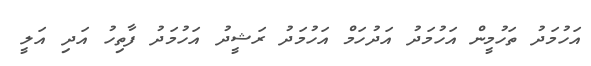
އަހުމަދު ތަހުމީން އަހުމަދު އަދުހަމް އަހުމަދު ރަޝީދު އަހުމަދު ފާތިހު އަދި އަލީ